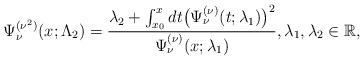
LaTeX: \begin{gather*} \Psi _{\nu }^{( \nu ^{2}) }(x;\Lambda _{2})=\frac{\lambda _{2}+\int_{x_{0}}^{x}dt\big( \Psi _{\nu }^{(\nu) }(t;\lambda _{1})\big) ^{2}}{\Psi _{\nu }^{(\nu) }(x;\lambda _{1})}, \lambda _{1},\lambda _{2}\in \mathbb{R},\end{gather*}